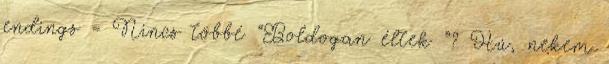
endings = Nincs többé “Boldogan éltek ”? Hú, nekem